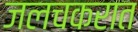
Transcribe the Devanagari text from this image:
जलचकरात